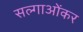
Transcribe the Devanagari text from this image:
सल्गाओंकर